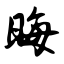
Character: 晦